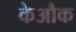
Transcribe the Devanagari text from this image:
केऔक